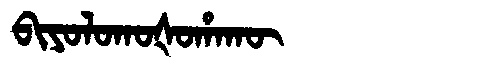
Manchu: ᠪᡳᠶᠣᠯᠣᡴᠣᡧᠣᡥᠠᡴᡡ
Romanization: BIYOLOKOŠOHAKŪ